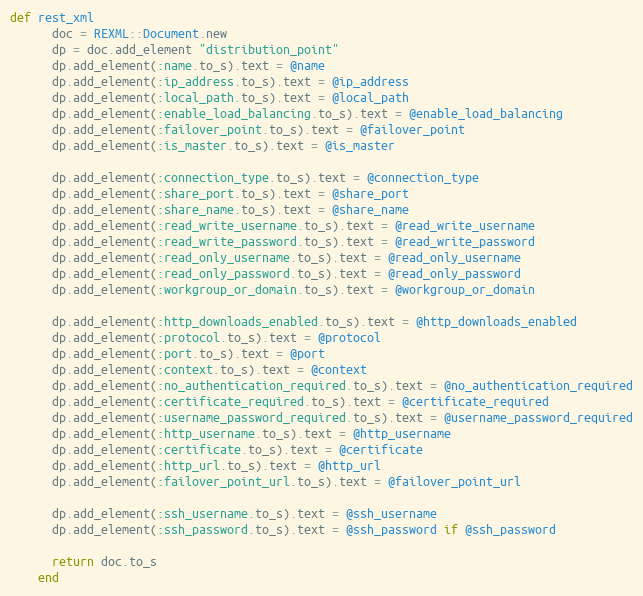
Language: Ruby
def rest_xml
      doc = REXML::Document.new
      dp = doc.add_element "distribution_point"
      dp.add_element(:name.to_s).text = @name
      dp.add_element(:ip_address.to_s).text = @ip_address
      dp.add_element(:local_path.to_s).text = @local_path
      dp.add_element(:enable_load_balancing.to_s).text = @enable_load_balancing
      dp.add_element(:failover_point.to_s).text = @failover_point
      dp.add_element(:is_master.to_s).text = @is_master

      dp.add_element(:connection_type.to_s).text = @connection_type
      dp.add_element(:share_port.to_s).text = @share_port
      dp.add_element(:share_name.to_s).text = @share_name
      dp.add_element(:read_write_username.to_s).text = @read_write_username
      dp.add_element(:read_write_password.to_s).text = @read_write_password
      dp.add_element(:read_only_username.to_s).text = @read_only_username
      dp.add_element(:read_only_password.to_s).text = @read_only_password
      dp.add_element(:workgroup_or_domain.to_s).text = @workgroup_or_domain

      dp.add_element(:http_downloads_enabled.to_s).text = @http_downloads_enabled
      dp.add_element(:protocol.to_s).text = @protocol
      dp.add_element(:port.to_s).text = @port
      dp.add_element(:context.to_s).text = @context
      dp.add_element(:no_authentication_required.to_s).text = @no_authentication_required
      dp.add_element(:certificate_required.to_s).text = @certificate_required
      dp.add_element(:username_password_required.to_s).text = @username_password_required
      dp.add_element(:http_username.to_s).text = @http_username
      dp.add_element(:certificate.to_s).text = @certificate
      dp.add_element(:http_url.to_s).text = @http_url
      dp.add_element(:failover_point_url.to_s).text = @failover_point_url

      dp.add_element(:ssh_username.to_s).text = @ssh_username
      dp.add_element(:ssh_password.to_s).text = @ssh_password if @ssh_password

      return doc.to_s
    end